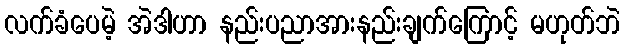
လက်ခံပေမဲ့ အဲဒါဟာ နည်းပညာအားနည်းချက်ကြောင့် မဟုတ်ဘဲ